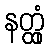
နတ္ထုံ